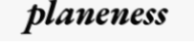
planeness